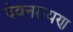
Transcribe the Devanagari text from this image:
देवनरायण